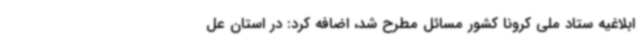
ابلاغیه ستاد ملی کرونا کشور مسائل مطرح شد، اضافه کرد: در استان عل